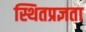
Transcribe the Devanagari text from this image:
स्थितप्रज्ञता